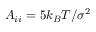
A _ { i i } = 5 k _ { B } T / \sigma ^ { 2 }